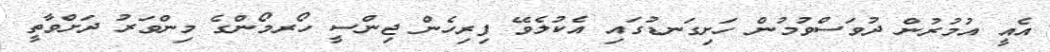
އެއީ އުމުރުން ދުވަސްވުމުން ހަށިގަނޑުގައި އެކުލެވޭ ފިރިހެން ޖިންސީ ހޯރމޯންގެ މިންވަރު ދަށްވާތީ